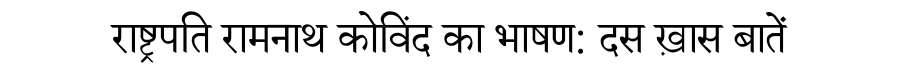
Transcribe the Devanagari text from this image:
राष्ट्रपति रामनाथ कोविंद का भाषण: दस ख़ास बातें